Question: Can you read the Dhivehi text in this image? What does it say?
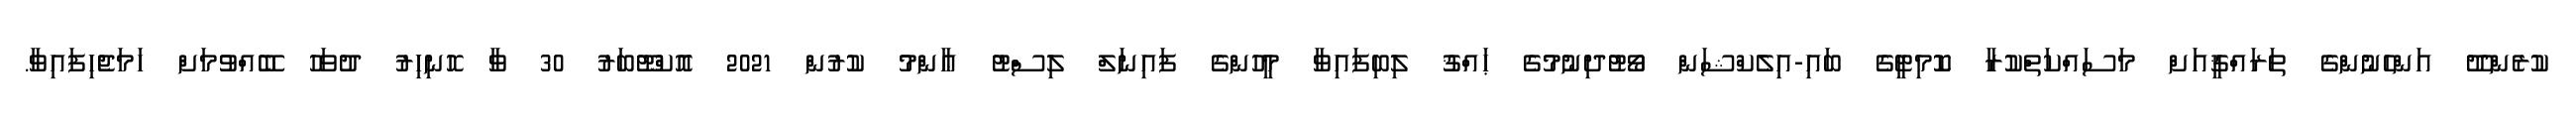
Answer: ކުރެންދޫ އަންހެނުންގެ ތަރައްޤީއަށް މަސައްކަތްކުރާ ކޮމިޓީގެ ބައި-އިލެކްޝަން ވޯޓުދިނުމުގެ ޙައްޤު ލިބިފައިވާ މީހުންގެ ފައިނަލް ލިސްޓު ޢާންމު ކުރުން 2021 އޮކްޓޫބަރު 30 ވާ ހޮނިހިރު ދުވަހު ބޭއްވުމަށް ހަމަޖެހިފައިވާ.